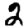
Digit: 2